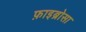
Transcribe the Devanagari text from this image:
फ़ाइब्रोसा